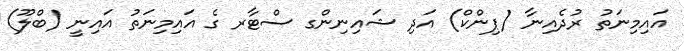
އައިމިނަތު ރުދެއިނާ (ޕިންކް) އަދި ޝައިނިންގ ސްޓާރ ގެ އައިމިނަތު އައިނީ (ބްލޫ)